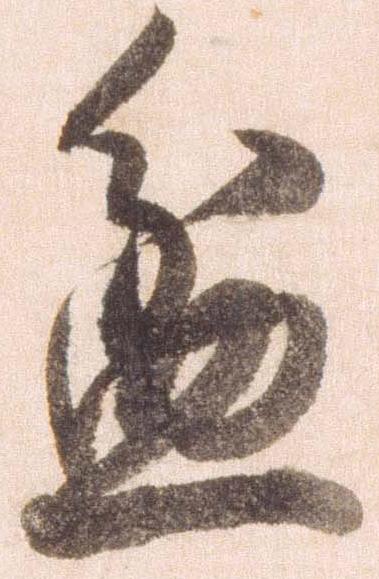
盆